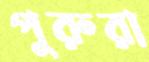
পুরুরা